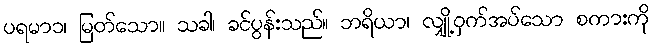
ပရမာ၁၊ မြတ်သော။ သခါ၊ ခင်ပွန်းသည်။ ဘရိယာ၊ လျှို့ဝှက်အပ်သော စကားကို